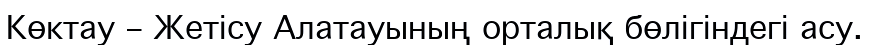
Көктау – Жетісу Алатауының орталық бөлігіндегі асу.